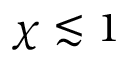
\chi \lesssim 1